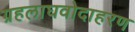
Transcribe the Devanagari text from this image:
ग्रहलाघवोदाहरण